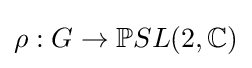
\rho :G\to \mathbb {P} SL(2,\mathbb {C} )